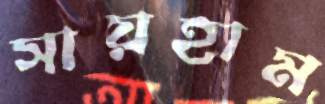
সায়হাম